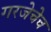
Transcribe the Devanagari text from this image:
गरजेचेच